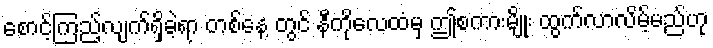
စောင့်ကြည့်လျက်ရှိခဲ့ရာ တစ်နေ့ တွင် နီကိုလေထံမှ ဤစကားမျိုး ထွက်လာလိမ့်မည်ဟု